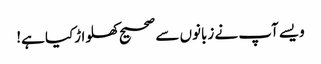
ویسے آپ نے زبانوں سے صحیح کھلواڑکیا ہے!